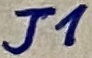
Text: J1